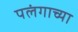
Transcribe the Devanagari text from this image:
पलंगाच्या